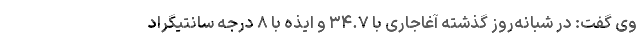
وی گفت: در شبانه‌روز گذشته آغاجاری با ۳۴.۷ و ایذه با ۸ درجه سانتیگراد